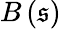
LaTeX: B\left(\mathfrak{s}\right)